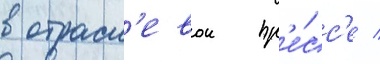
в отрасл'евои пр'е́сс'е /